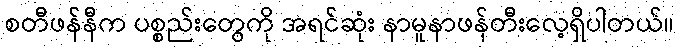
စတီဖန်နီက ပစ္စည်းတွေကို အရင်ဆုံး နာမူနာဖန်တီးလေ့ရှိပါတယ်။